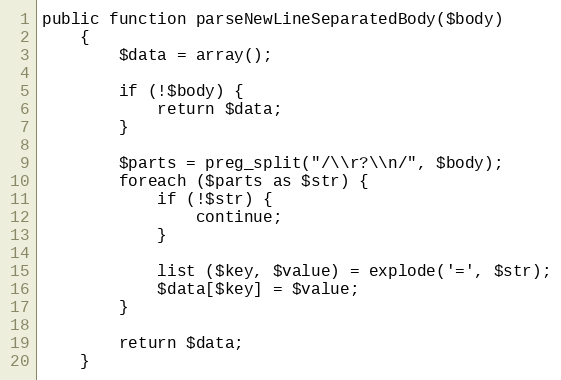
Language: PHP
public function parseNewLineSeparatedBody($body)
    {
        $data = array();

        if (!$body) {
            return $data;
        }

        $parts = preg_split("/\\r?\\n/", $body);
        foreach ($parts as $str) {
            if (!$str) {
                continue;
            }

            list ($key, $value) = explode('=', $str);
            $data[$key] = $value;
        }

        return $data;
    }